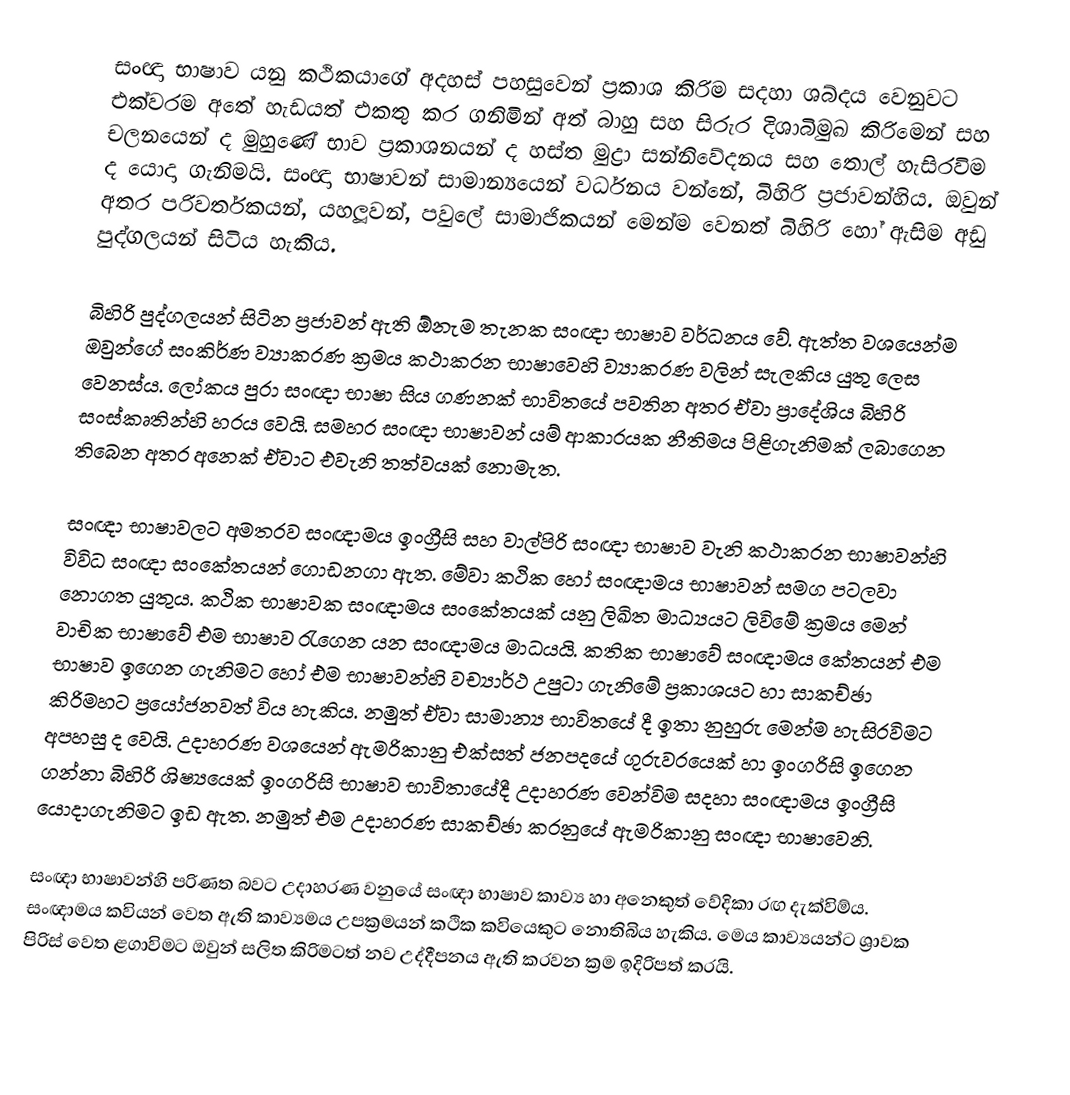
සංඥා භාෂාව යනු කථිකයාගේ අදහස් පහසුවෙන් ප්‍රකාශ කිරිම සදහා ශබ්දය වෙනුවට එක්වරම අතේ හැඩයත් එකතු කර ගනිමින් අත් බාහු සහ සිරුර දිශාබිමුඛ කිරිමෙන් සහ චලනයෙන් ද මුහුණේ භාව ප්‍රකාශනයන් ද හස්ත මුද්‍රා සන්නිවේදනය සහ තොල් හැසිරවිම ද යොදා ගැනිමයි. සංඥා භාෂාවන් සාමාන්‍යයෙන් වර්ධනය වන්නේ, බිහිරි ප්‍රජාවන්හිය. ඔවුන් අතර පරිවර්තකයන්, යහලූවන්, පවුලේ සාමාජිකයන් මෙන්ම වෙනත් බිහිරි හෝ ඇසිම අඩු පුද්ගලයන් සිටිය හැකිය.

බිහිරි පුද්ගලයන් සිටින ප්‍රජාවන් ඇති  ඕනැම තැනක සංඥා භාෂාව වර්ධනය වේ. ඇත්ත වශයෙන්ම ඔවුන්ගේ සංකිර්ණ ව්‍යාකරණ ක්‍රමය කථාකරන භාෂාවෙහි ව්‍යාකරණ වලින් සැලකිය යුතු ලෙස වෙනස්ය. ලෝකය පුරා සංඥා භාෂා සිය ගණනක් භාවිතයේ පවතින අතර ඒවා ප්‍රාදේශිය බිහිරි සංස්කෘතින්හි හරය වෙයි. සමහර සංඥා භාෂාවන් යම් ආකාරයක නීතිමය පිළිගැනිමක් ලබාගෙන තිබෙන අතර අනෙක් ඒවාට එවැනි තත්වයක් නොමැත.

සංඥා භාෂාවලට අමතරව සංඥාමය ඉංග්‍රීසි සහ වාල්පිරි සංඥා භාෂාව වැනි කථාකරන භාෂාවන්හි විවිධ සංඥා සංකේතයන් ගොඩනගා ඇත. මේවා කථික හෝ සංඥාමය භාෂාවන් සමග පටලවා නොගත යුතුය. කථික භාෂාවක සංඥාමය සංකේතයක් යනු ලිඛිත මාධ්‍යයට ලිවිමේ ක්‍රමය මෙන් වාචික භාෂාවේ එම භාෂාව රැගෙන යන සංඥාමය මාධයයි. කතික භාෂාවේ සංඥාමය කේතයන් එම භාෂාව ඉගෙන ගැනිමට හෝ එම භාෂාවන්හි වච්‍යාර්ථ උපුටා ගැනිමේ ප්‍රකාශයට හා සාකච්ඡා කිරිමහට ප්‍රයෝජනවත් විය හැකිය. නමුත් ඒවා සාමාන්‍ය භාවිතයේ දී ඉතා නුහුරු මෙන්ම හැසිරවිමට අපහසු ද වෙයි. උදාහරණ වශයෙන් ඇමරිකානු එක්සත් ජනපදයේ ගුරුවරයෙක් හා ඉංග‍්‍රිසි ඉගෙන ගන්නා බිහිරි ශිෂ්‍යයෙක් ඉංග‍්‍රිසි භාෂාව භාවිතායේදී උදාහරණ වෙන්විම සදහා සංඥාමය ඉංග්‍රීසි යොදාගැනිමට ඉඩ ඇත. නමුත් එම උදාහරණ සාකච්ඡා කරනුයේ ඇමරිකානු සංඥා භාෂාවෙනි.

සංඥා භාෂාවන්හි පරිණත බවට උදාහරණ වනුයේ සංඥා භාෂාව කාව්‍ය හා අනෙකුත් වේදිකා රඟ දැක්විම්ය. සංඥාමය කවියන් වෙත ඇති කාව්‍යමය උපක්‍රමයන් කථික කවියෙකුට නොතිබිය හැකිය. මෙය කාව්‍යයන්ට ශ්‍රාවක පිරිස් වෙත ළගාවිමට ඔවුන් සලිත කිරිමටත් නව උද්දීපනය ඇති කරවන ක්‍රම ඉදිරිපත් කරයි.